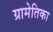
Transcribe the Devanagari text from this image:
ग्रामेतिका